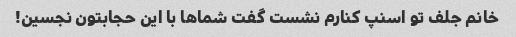
خانم جلف تو اسنپ کنارم نشست گفت شماها با این حجابتون نجسین!